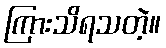
ကြားသိရသတဲ့။